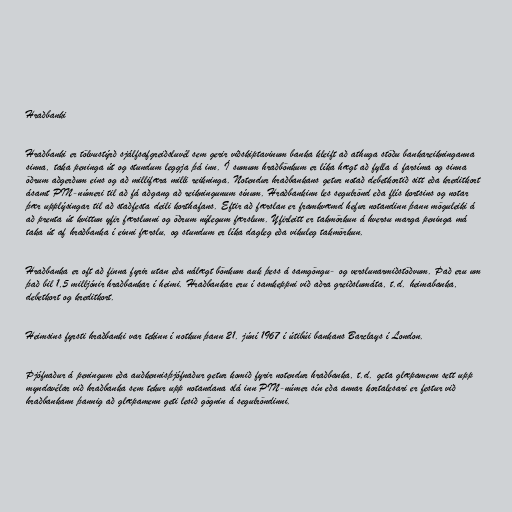
Hraðbanki

Hraðbanki er tölvustýrð sjálfsafgreiðsluvél sem gerir viðskiptavinum banka kleift að athuga stöðu bankareikninganna
sinna, taka peninga út og stundum leggja þá inn. Í sumum hraðbönkum er líka hægt að fylla á farsíma og sinna
öðrum aðgerðum eins og að millifæra milli reikninga. Notendur hraðbankans getur notað debetkortið sitt eða kreditkort
ásamt PIN-númeri til að fá aðgang að reikningunum sínum. Hraðbankinn les segulrönd eða flís kortsins og notar
þær upplýsingar til að staðfesta deili korthafans. Eftir að færslan er framkvæmd hefur notandinn þann möguleiki á
að prenta út kvittun yfir færslunni og öðrum nýlegum færslum. Yfirleitt er takmörkun á hversu marga peninga má
taka út af hraðbanka í einni færslu, og stundum er líka dagleg eða vikuleg takmörkun.

Hraðbanka er oft að finna fyrir utan eða nálægt bönkum auk þess á samgöngu- og verslunarmiðstöðvum. Það eru um
það bil 1,5 milljónir hraðbankar í heimi. Hraðbankar eru í samkeppni við aðra greiðslumáta, t.d. heimabanka,
debetkort og kreditkort.

Heimsins fyrsti hraðbanki var tekinn í notkun þann 21. júní 1967 í útibúi bankans Barclays í London.

Þjófnaður á peningum eða auðkennisþjófnaður getur komið fyrir notendur hraðbanka, t.d. geta glæpamenn sett upp
myndavélar við hraðbanka sem tekur upp notandana slá inn PIN-númer sín eða annar kortalesari er festur við
hraðbankann þannig að glæpamenn geti lesið gögnin á segulröndinni.